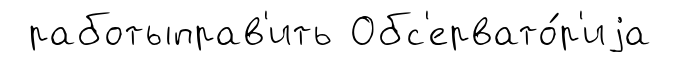
работыправ'ить Обс'ервато́р'иjа